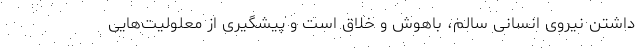
داشتن نیروی انسانی سالم، باهوش و خلاق است و پیشگیری از معلولیت‌هایی